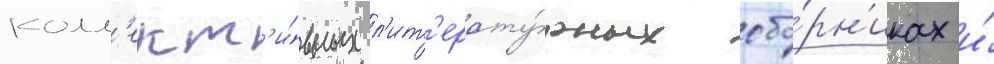
колл'ект'и́вных л'ит'ерату́рных сбо́рн'иках и́